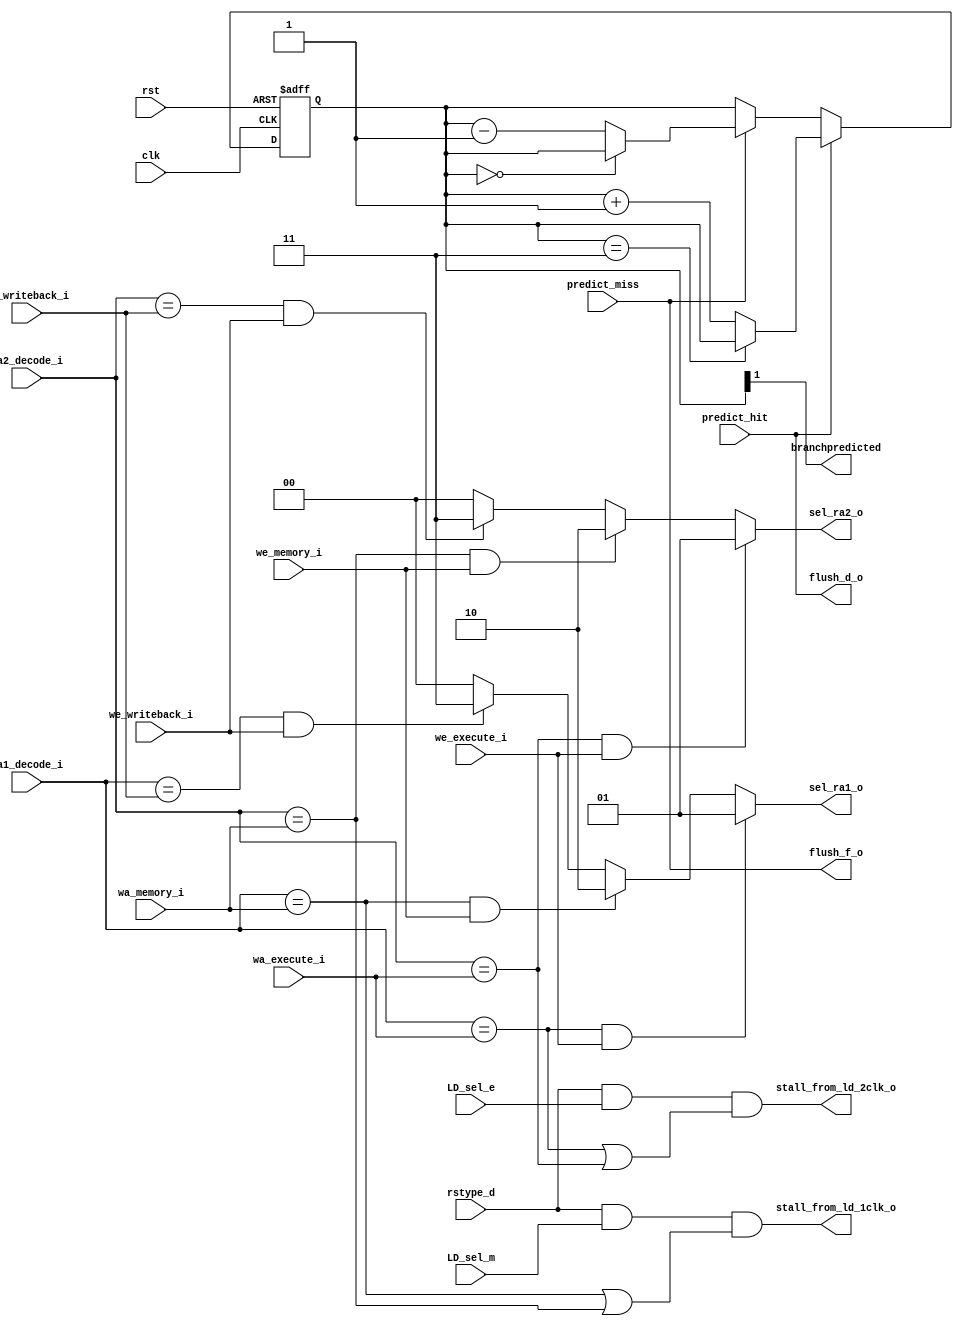
module HazardUnit(
    input                   clk,
    input                   rst,

    input         [4:0]     ra1_decode_i,
    input         [4:0]     ra2_decode_i,
                   
    input         [4:0]     wa_execute_i,
    input                   we_execute_i,
    input         [4:0]     wa_memory_i,
    input                   we_memory_i,
    input         [4:0]     wa_writeback_i,
    input                   we_writeback_i,

    input                   LD_sel_e,
    input                   LD_sel_m,
    input                   rstype_d,

    input                   predict_hit,
    input                   predict_miss,
    output  reg   [1:0]     sel_ra1_o,
    output  reg   [1:0]     sel_ra2_o,

    output                  flush_d_o,
    output                  flush_f_o,
    output                  stall_from_ld_2clk_o,
    output                  stall_from_ld_1clk_o,
    output                  branchpredicted             
);
    reg [1:0]   cnt;

    always @(*) begin
        if((ra1_decode_i == wa_execute_i) && (we_execute_i == 1'b1 ))
            sel_ra1_o = 2'b01;
        else if((ra1_decode_i == wa_memory_i) && (we_memory_i == 1'b1))
            sel_ra1_o = 2'b10;
        else if((ra1_decode_i == wa_writeback_i) && (we_writeback_i == 1'b1))
            sel_ra1_o = 2'b11;
        else
            sel_ra1_o = 2'b00;
    end

    always @(*) begin
        if((ra2_decode_i == wa_execute_i) && (we_execute_i == 1'b1))
            sel_ra2_o = 2'b01;
        else if((ra2_decode_i == wa_memory_i) && (we_memory_i == 1'b1))
            sel_ra2_o = 2'b10;
        else if((ra2_decode_i == wa_writeback_i) && (we_writeback_i == 1'b1))
            sel_ra2_o = 2'b11;
        else
            sel_ra2_o = 2'b00;
    end
    
    //load use hazard
    assign stall_from_ld_2clk_o = rstype_d && LD_sel_e && ( (ra1_decode_i == wa_execute_i) || (ra2_decode_i == wa_execute_i));
    assign stall_from_ld_1clk_o = rstype_d && LD_sel_m && ( (ra1_decode_i == wa_memory_i) || (ra2_decode_i == wa_memory_i));

    assign flush_d_o = predict_hit;
    assign flush_f_o = predict_miss;

    //predict
    always @(posedge clk or posedge rst) begin
        if(rst)
            cnt <=  2'd3;
        else if(predict_hit)begin
            if(cnt == 2'd3)
                cnt <= cnt;
            else
                cnt <= cnt+1; 
        end else if(predict_miss)begin
            if(cnt == 2'd0)
                cnt <= cnt;
            else
                cnt <= cnt-1; 
        end
    end

    assign branchpredicted = cnt[1];

endmodule //HazardUnit